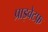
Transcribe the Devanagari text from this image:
प्राइवेटफ़